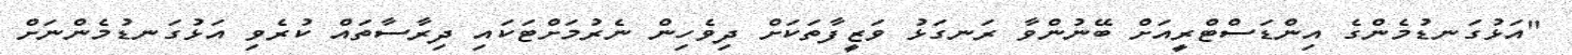
"އަޅުގަނޑުމެންގެ އިންޑަސްޓްރީއަށް ބޭނުންވާ ރަނގަޅު ވަޒީފާތަކަށް ދިވެހިން ނެރުމަށްޓަކައި ދިރާސާތައް ކުރެވި އަޅުގަނޑުމެންނަށް